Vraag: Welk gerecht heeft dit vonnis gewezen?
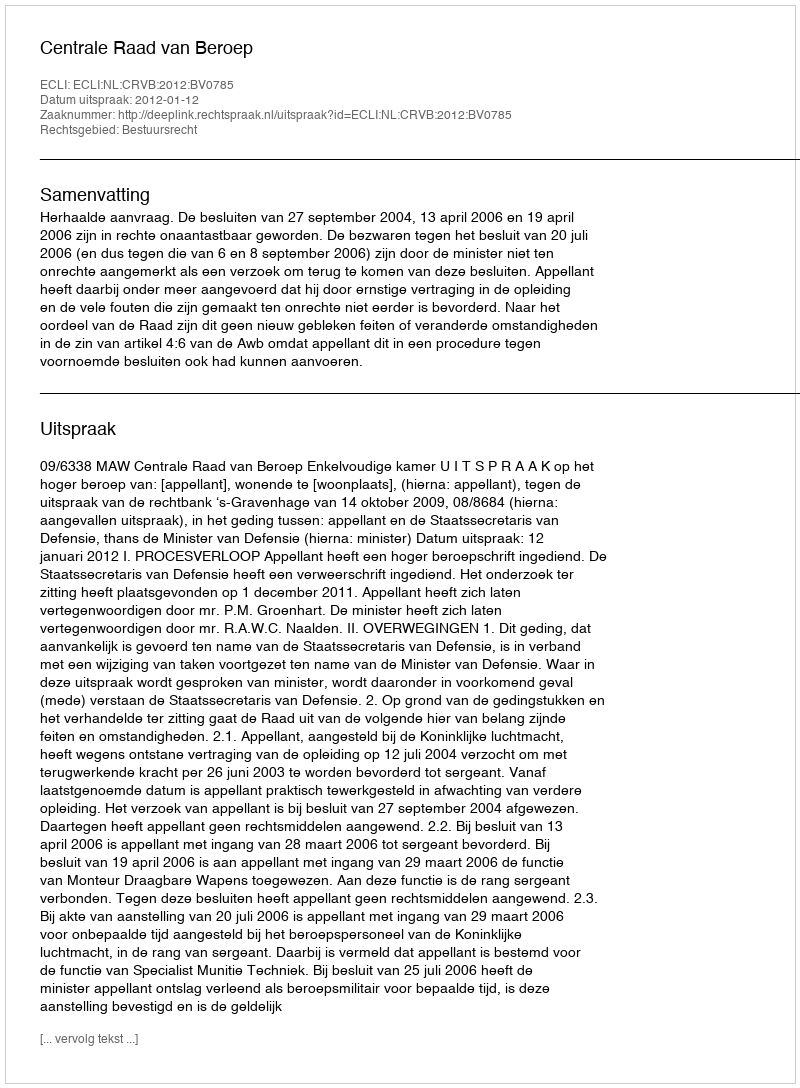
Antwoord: Centrale Raad van Beroep